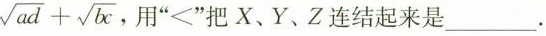
$$\sqrt { a d } + \sqrt { b c }$$ 用 ” < ” 把X、Y、Z连结起来是___。